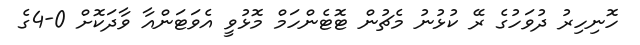
ހޮނިހިރު ދުވަހުގެ ރޭ ކުޅުނު މެޗުން ޓޮޓެންހަމް މޮޅުވީ އެވަޓަންއާ ވާދަކޮށް 0-4ގެ